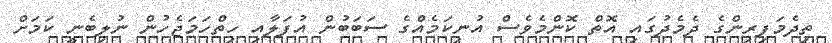
ތިދެމަފިރިންގެ ދެމެދުގައި އޮތް ކޮންމެވެސް އުނިކަމެއްގެ ސަބަބުން އުފަލާއި ހިތްހަމަޖެހުން ނުލިބެނީ ކަމަށް